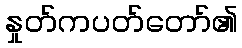
နှုတ်ကပတ်တော်၏